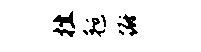
挫毡撒